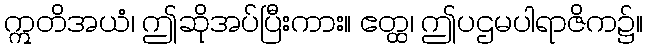
ဣတိအယံ၊ ဤဆိုအပ်ပြီးကား။ ဧတ္ထ၊ ဤပဌမပါရာဇိက၌။